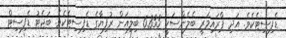
ޑެފިސިޓެކެވެ. އަދި ޕްރައިމަރީ ބެލެންސަކީ 6